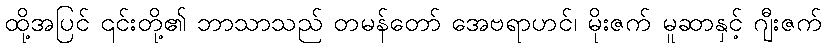
ထို့အပြင် ၎င်းတို့၏ ဘာသာသည် တမန်တော် အေဗရာဟင်၊ မိုးဇက် မူဆာနှင့် ဂျီးဇက်